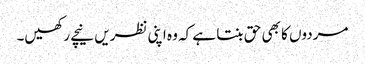
مردوں کا بھی حق بنتا ہے کہ وہ اپنی نظریں نیچے رکھیں۔